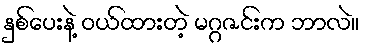
နှစ်ပေးနဲ့ ဝယ်ထားတဲ့ မဂ္ဂဇင်းက ဘာလဲ။